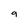
Character: 9